Source: Handwritten
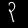
Digit: ၃ (3)